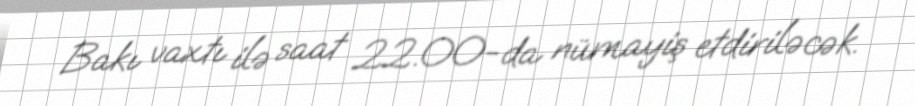
Bakı vaxtı ilə saat 22.00-da nümayiş etdiriləcək.